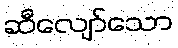
ဆီလျော်သော